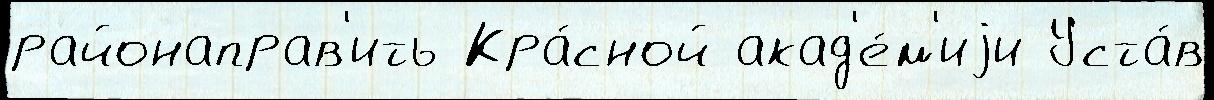
районаправ'ить Кра́сной акад'е́м'иjи Уста́в